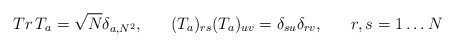
\begin{align*}Tr \, T_{a} = \sqrt N \delta_{a, N^{2}}, \;\;\;\;\;\;(T_{a})_{rs} (T_{a})_{uv} = \delta_{su} \delta_{rv}, \;\;\;\;\;\; r,s = 1 \ldots N\end{align*}